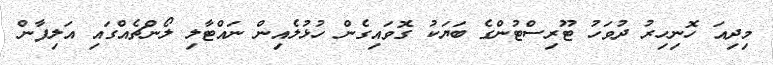
މިދިއަ ހޮނިހިރު ދުވަހު ޓޫރިސްޓުންގެ ބަޔަކު ގޮވައިގެން ހުޅުލެއިން ނައްޓާލި ލޯންޗެއްގައި އަލިފާން